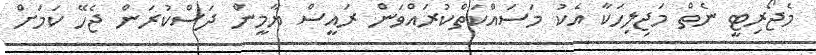
މެޖޯރިޓީ ނެތް މަޖިލިހަކާ އެކު މަސައްކަތްކުރައްވަން ރައީސް ޔާމީން ދަސްކުރަން ޖެހޭ ކަމަށް